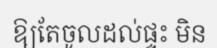
ឱ្យតែចូលដល់ផ្ទះ មិន